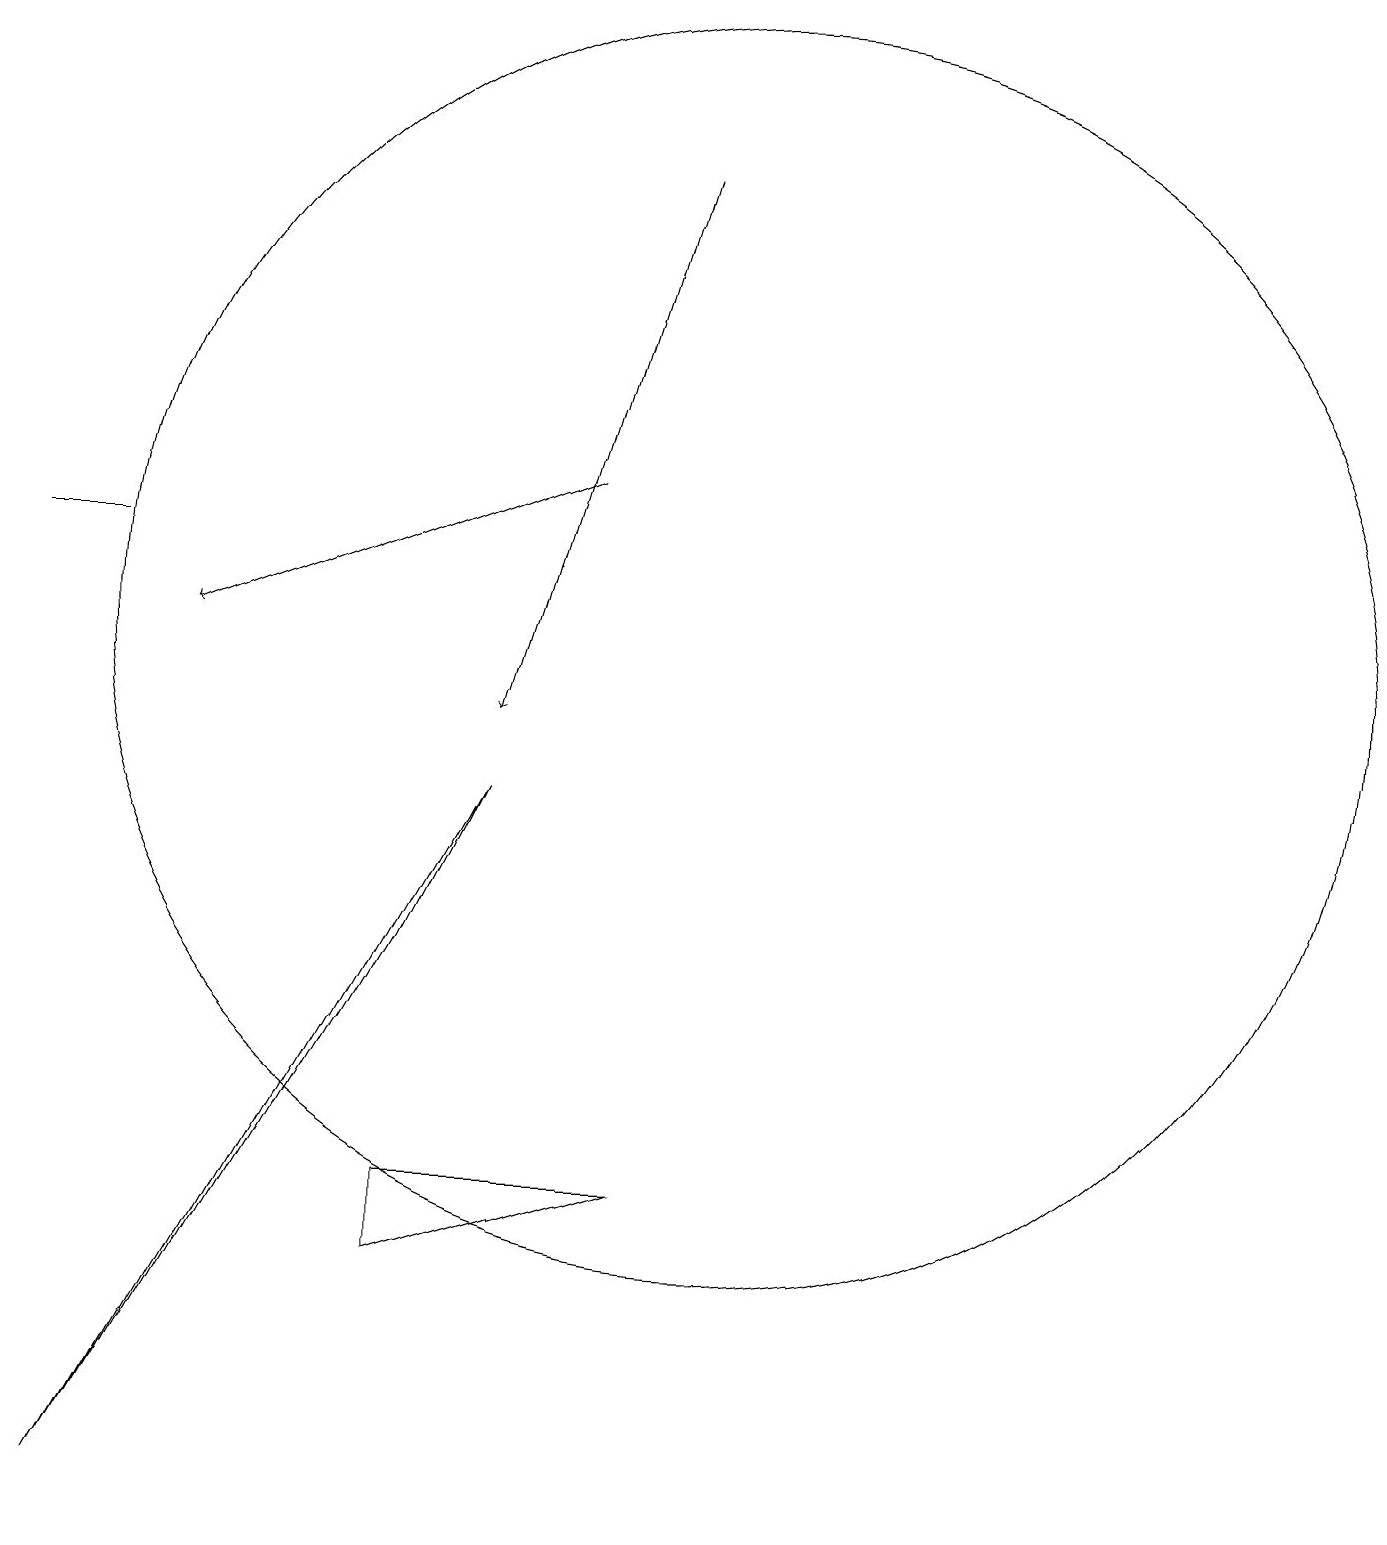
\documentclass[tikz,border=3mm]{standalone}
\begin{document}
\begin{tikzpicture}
\draw[->] (9,17) -- (7,10);
\draw (6,3) -- (9,4) -- (6,4) -- cycle;
\draw (1,12) rectangle (2,12);
\draw (2,0) -- (6,7) -- (7,9) -- cycle;
\draw[->] (8,13) -- (3,11);
\draw (10,11) circle (8);
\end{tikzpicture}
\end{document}